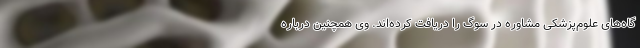
گاه‌های علوم‌پزشکی مشاوره در سوگ را دریافت کرده‌اند. وی همچنین درباره